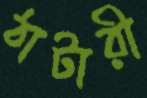
ঠাটারী